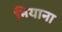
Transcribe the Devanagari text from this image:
नियाना